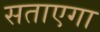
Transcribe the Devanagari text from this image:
सताएगा